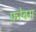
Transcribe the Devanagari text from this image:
फ़रेबम